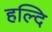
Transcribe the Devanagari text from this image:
हल्दि